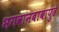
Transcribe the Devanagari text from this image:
भगवानबाबापुढे